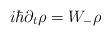
LaTeX: \begin{align*}i\hbar\partial_t \rho = W_- \rho \end{align*}